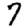
Digit: 7